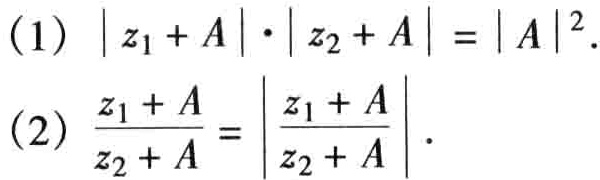
(1) \(|z_{1}+A|\cdot|z_{2}+A| = |A|^{2}\).
(2) \(\frac{z_{1}+A}{z_{2}+A}=\left|\frac{z_{1}+A}{z_{2}+A}\right|\).